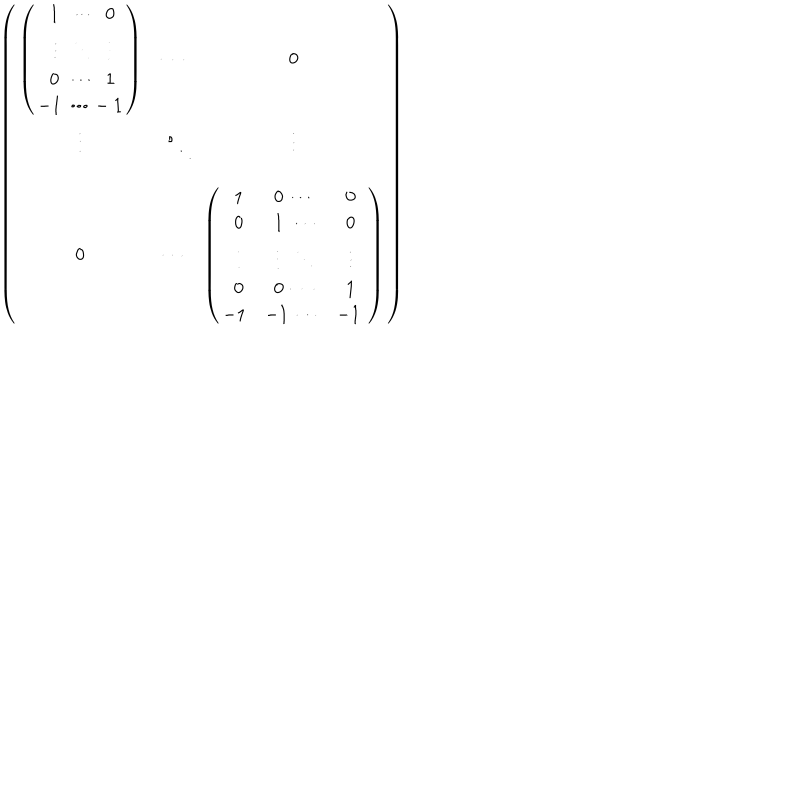
\left( \begin{matrix} { { \left( \begin{matrix} { { { } ~ 1 ~ ~ \cdots ~ ~ 0 } } \\ { { { } ~ \vdots ~ ~ \ddots ~ ~ \vdots } } \\ { { { } ~ 0 ~ ~ \cdots ~ ~ 1 } } \\ { { - 1 ~ \cdots - 1 } } \\ \end{matrix} \right) } } & { { \cdots } } & { { 0 } } \\ { { \vdots } } & { { \ddots } } & { { \vdots } } \\ { { 0 } } & { { \cdots } } & { { \left( \begin{matrix} { { { } ~ ~ 1 } } & { { ~ 0 ~ \cdots } } & { { 0 } } \\ { { { } ~ ~ 0 } } & { { ~ 1 ~ \cdots } } & { { 0 } } \\ { { { } ~ ~ \vdots } } & { { ~ ~ \vdots ~ ~ \ddots } } & { { \vdots } } \\ { { { } ~ ~ 0 } } & { { ~ 0 ~ \cdots } } & { { 1 } } \\ { { - 1 } } & { { \hspace { - . 3 c m } - 1 ~ \cdots } } & { { \hspace { - . 2 c m } - 1 ~ } } \\ \end{matrix} \right) } } \\ \end{matrix} \right)